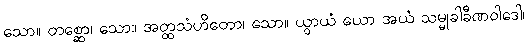
သော။ တစ္ဆော၊ သော။ အတ္ထသံဟိတော၊ သော။ ယွာယံ ယော အယံ သမ္မုခါခီဏဝါဒေါ၊